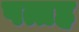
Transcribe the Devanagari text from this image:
पत्तह्र